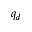
q _ { d }